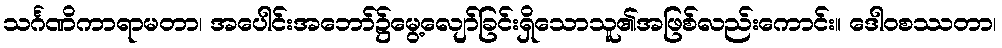
သင်္ဂဏိကာရာမတာ၊ အပေါင်းအဘော်၌မွေ့လျော်ခြင်းရှိသောသူ၏အဖြစ်လည်းကောင်း။ ဒေါဝစဿတာ၊